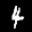
Label: 4